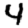
Digit: 4